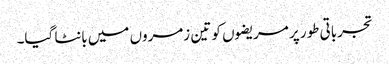
تجرباتی طور پر مریضوں کو تین زمروں میں بانٹا گیا۔